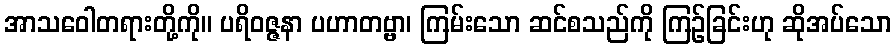
အာသဝေါတရားတို့ကို။ ပရိဝဇ္ဇနာ ပဟာတဗ္ဗာ၊ ကြမ်းသော ဆင်စသည်ကို ကြဉ်ခြင်းဟု ဆိုအပ်သော